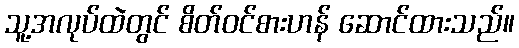
သူ့အလုပ်ထဲတွင် စိတ်ဝင်စားဟန် ဆောင်ထားသည်။